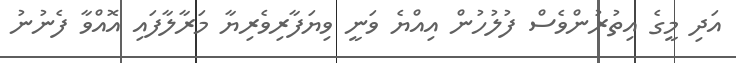
އަދި މީގެ އިތުރުންވެސް ފުލުހުން އިއްޔެ ވަނީ ވިޔަފާރިވެރިޔާ މަރާލާފައި އޮއްވާ ފެނުނު